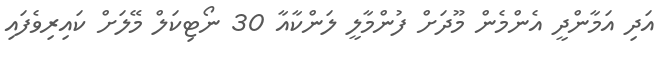
އަދި އަމާންދީ އެންމެން މޫދަށް ފުންމާލީ ލަންކާއާ 30 ނޯޓިކަލް މޭލަށް ކައިރިވެފައި